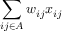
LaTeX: \sum _ { i j \in A } w _ { i j } x _ { i j }